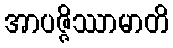
အာပဇ္ဇိဿာမာတိ